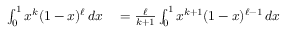
\begin{array} { r l } { \int _ { 0 } ^ { 1 } x ^ { k } ( 1 - x ) ^ { \ell } \, d x } & { { } = { \frac { \ell } { k + 1 } } \int _ { 0 } ^ { 1 } x ^ { k + 1 } ( 1 - x ) ^ { \ell - 1 } \, d x } \end{array}